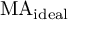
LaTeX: \mathrm { M A } _ { \mathrm { i d e a l } }